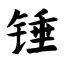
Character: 锤